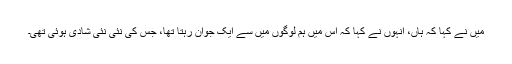
میں نے کہا کہ ہاں، انہوں نے کہا کہ اس میں ہم لوگوں میں سے ایک جوان رہتا تھا، جس کی نئی نئی شادی ہوئی تھی۔